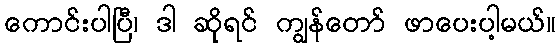
ကောင်းပါပြီ၊ ဒါ ဆိုရင် ကျွန်တော် ဖာပေးပါ့မယ်။